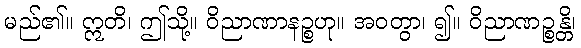
မည်၏။ ဣတိ၊ ဤသို့။ ဝိညာဏာနဉ္စဟု။ အဝတွာ၊ ၍။ ဝိညာဏဉ္စန္တိ၊